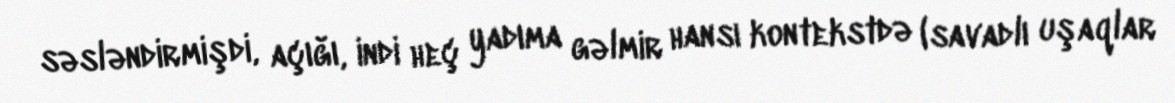
səsləndirmişdi, açığı, indi heç yadıma gəlmir hansı kontekstdə (savadlı uşaqlar